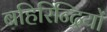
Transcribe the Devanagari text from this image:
बहिरिन्द्रियों